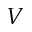
V